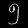
Digit: ၅